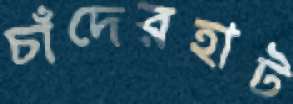
চাঁদেরহাট